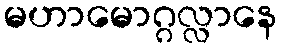
မဟာမောဂ္ဂလ္လာနေ